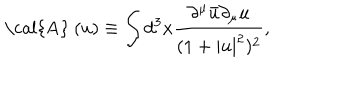
\mathrm { ~ \cal { A } ~ } ( u ) \equiv \int d ^ { 3 } x \frac { \partial ^ { \mu } \bar { u } \partial _ { \mu } u } { ( 1 + | u | ^ { 2 } ) ^ { 2 } } ,